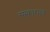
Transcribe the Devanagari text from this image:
संस्कारमय